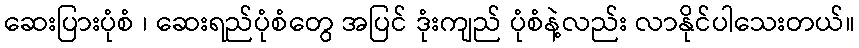
ဆေးပြားပုံစံ ၊ ဆေးရည်ပုံစံတွေ အပြင် ဒုံးကျည် ပုံစံနဲ့လည်း လာနိုင်ပါသေးတယ်။